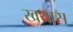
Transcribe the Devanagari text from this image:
खथास